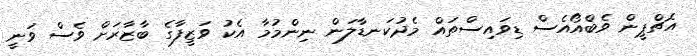
އެޗްޕީން ވެބްއޯއެސް ޑިވައިސްތައް މެދުކަނޑާލަން ނިންމުމާ އެކު ވަޒީފާގެ ބާޒާރަށް ވެސް ވަނީ